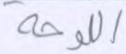
اللوحة